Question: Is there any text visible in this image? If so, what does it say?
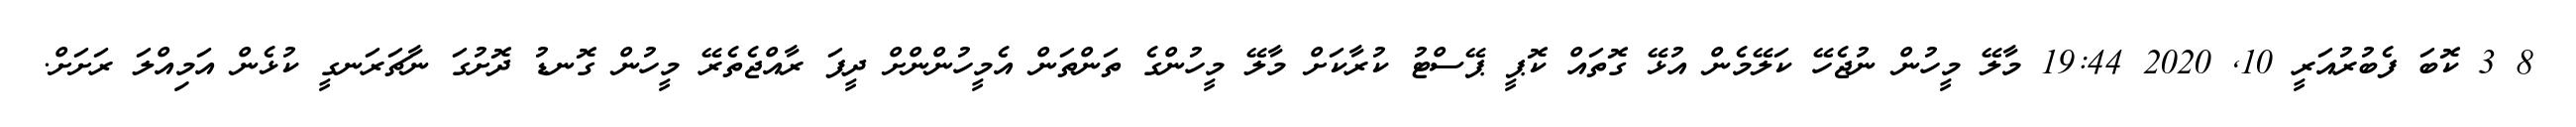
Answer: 8 3 ކޮބަ ފެބުރުއަރީ 10, 2020 19:44 މާލޭ މީހުން ނުޖެހޭ ކަލޭމެން އުޅޭ ގޮތައް ކޮޕީ ޕޭސްޓު ކުރާކަށް މާލޭ މީހުންގެ ތަންތަން އެމީހުންންށް ދީފަ ރާއްޖެތެރޭ މީހުން ގޮނޑު ދޮށުގަ ނާޗަރަނގީ ކުޅެން އަމިއްލަ ރަށަށް.